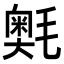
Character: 𭯣